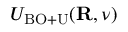
{ \cal U } _ { \mathrm { B O + U } } ( { \bf R } , \nu )